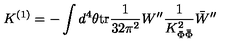
K ^ { ( 1 ) } = - \int d ^ { 4 } \theta \mathrm { t r } \frac { 1 } { 3 2 \pi ^ { 2 } } W ^ { \prime \prime } \frac { 1 } { K _ { \Phi \bar { \Phi } } ^ { 2 } } \bar { W } ^ { \prime \prime }